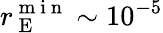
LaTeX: r_{\mathrm{~E~}}^{\mathrm{~m~i~n~}}\sim 10^{-5}